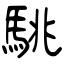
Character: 駣